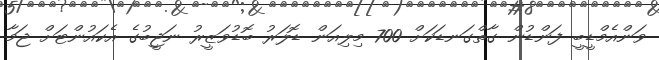
ވަންއެމްޑީބީ ފަންޑުން ގާތްގަނޑަކަށް 700 މިލިއަން ޑޮލަރު ބޮޑުވަޒީރު ނަޖީބުގެ އެކައުންޓަށް ޖަމާ